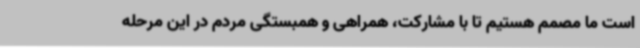
است ما مصمم هستیم تا با مشارکت، همراهی و همبستگی مردم در این مرحله